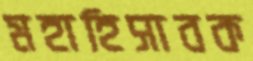
মহাহিসাবক